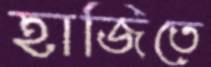
হাজিতে